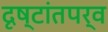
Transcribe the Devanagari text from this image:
दृष्टांतपर्व